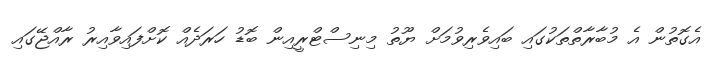
އެގޮތުން އެ މުބާރާތްތަކުގައި ބައިވެރިވުމަށް ޔޫތު މިނިސްޓްރީއިން ބޮޑު ހަރަދެއް ކޮށްފައިވާއިރު ރާއްޖޭގައި